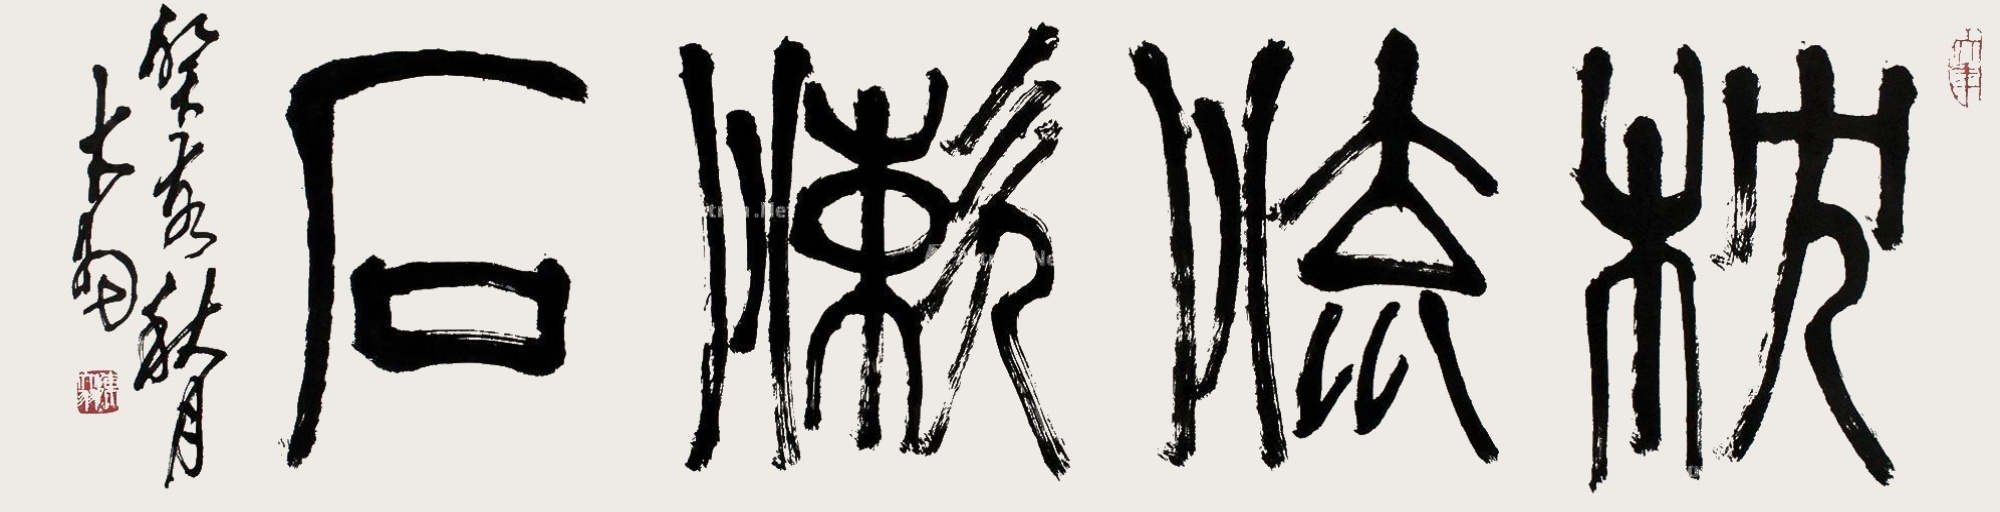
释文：枕流漱石。癸亥秋月，大羽。